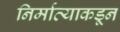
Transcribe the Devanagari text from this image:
निर्मात्याकडून